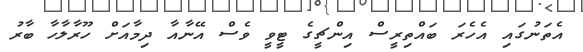
އެތަނުގައި އެހެރަ ބައްތިރީސް އިންޗީގެ ޓީވީ ވެސް އޭނާއާ ދިމާއަށް ހޫރާލާހާ ބާރު